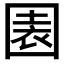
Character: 𡈂